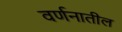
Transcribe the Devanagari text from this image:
वर्णनातील